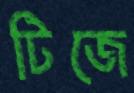
টিজে